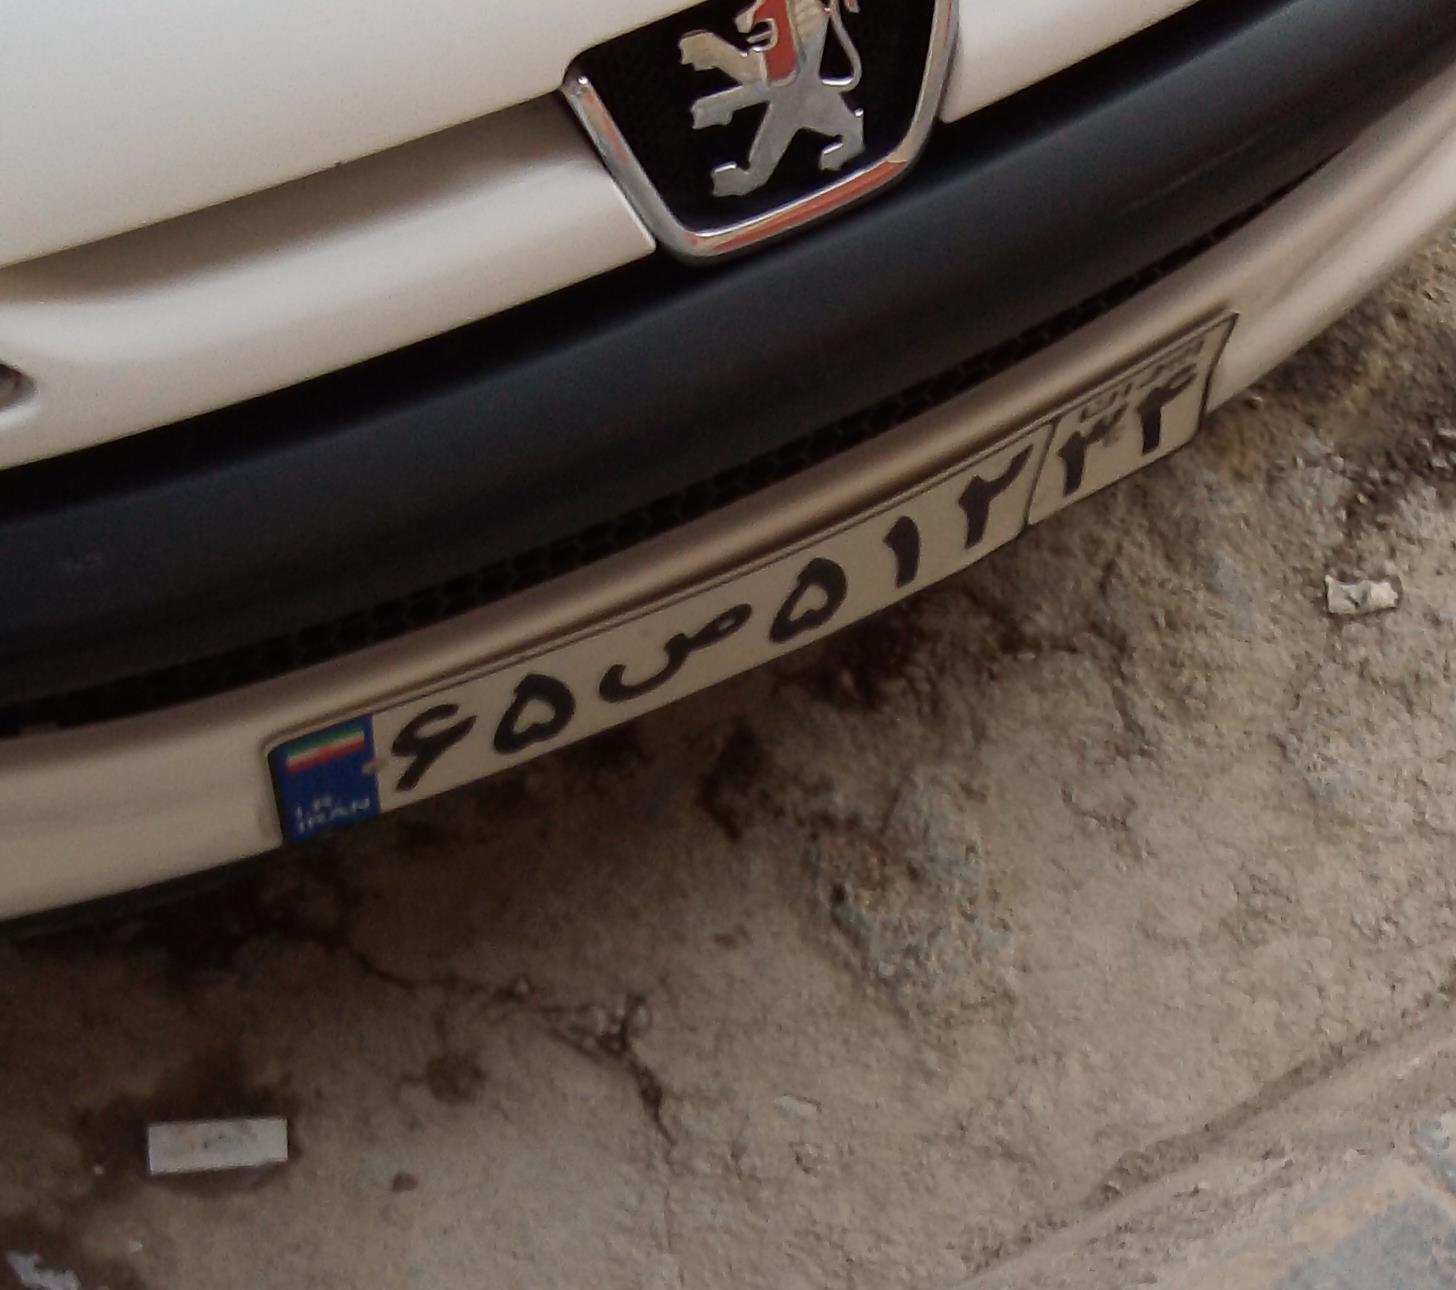
۶۵ص۵۱۲۳۴